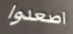
اصعدوا